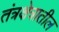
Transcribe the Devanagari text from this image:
तंत्रक्षेत्रातील